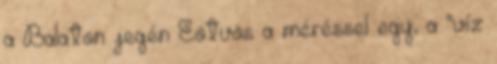
a Balaton jegén Eötvös a méréssel egy, a "víz